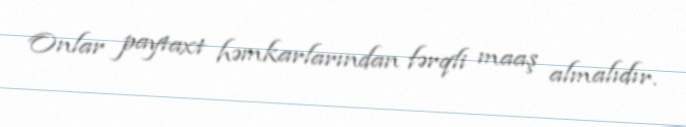
Onlar paytaxt həmkarlarından fərqli maaş almalıdır.